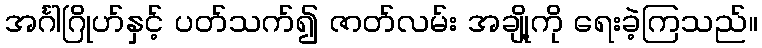
အင်္ဂါဂြိုဟ်နှင့် ပတ်သက်၍ ဇာတ်လမ်း အချို့ကို ရေးခဲ့ကြသည်။